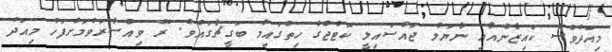
މިއަދުވެސް ކައިޒާންއާއި ނާޔަލް ޖައްސައިލީ ކޮޓެޖްގެ ހިތްގައިމު ބަގީޗާގައެވެ. ރޭ ވިއްސާރަވުމަށްފަހު މިއަދު